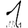
Digit: 1